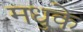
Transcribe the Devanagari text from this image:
मधुके